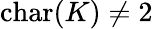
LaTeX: \operatorname{char}(K)\neq 2